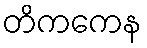
တိကကေန